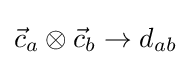
{\vec {c}}_{a}\otimes {\vec {c}}_{b}\rightarrow d_{ab}